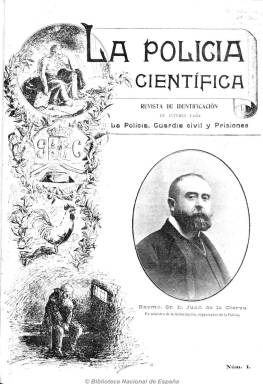
Título: La Policía científica (Madrid)
Colección: Fuerzas del orden
Ámbito geográfico: Madrid
Lugar de publicación: Madrid
Fechas: 05/03/1913-25/12/1914

Subtitulada como “revista de identificación, de interés para la policía, guardia civil y prisiones”, es una publicación con contenidos más prácticos y útiles que de carácter doctrinal , que da cuenta de los adelantos y enseñanzas científicas y técnicas aplicadas a la criminología y al trabajo policial y penal, concernientes a la psicología, medicina legal, antropología, dactiloscopia, fotomicroscopia, antropometría, etc. También da cuenta del movimiento del personal adscrito a los cuerpos policiales, así como noticias, sucesos, crónicas extranjeras o notas bibliográficas.

Dirigida por el letrado criminalista Gerardo Doval, aparecía tres días al mes en números de una docena de páginas. En ella colaboran catedráticos criminalistas, abogados o sociólogos y corresponsales en el extranjero. Además de algunos anuncios comerciales, estaba ilustrada con fotografías, y su portada estaba dedicada, generalmente, al retrato de un personaje relacionado con el mundo policial, como ministros de la gobernación o de justicia, directores generales de la guardia civil y policía, u otras personalidades o altos funcionarios relacionados con los cuerpos de policía.